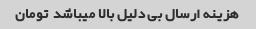
هزینه ارسال بی دلیل بالا میباشد  تومان